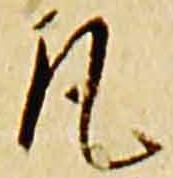
凡